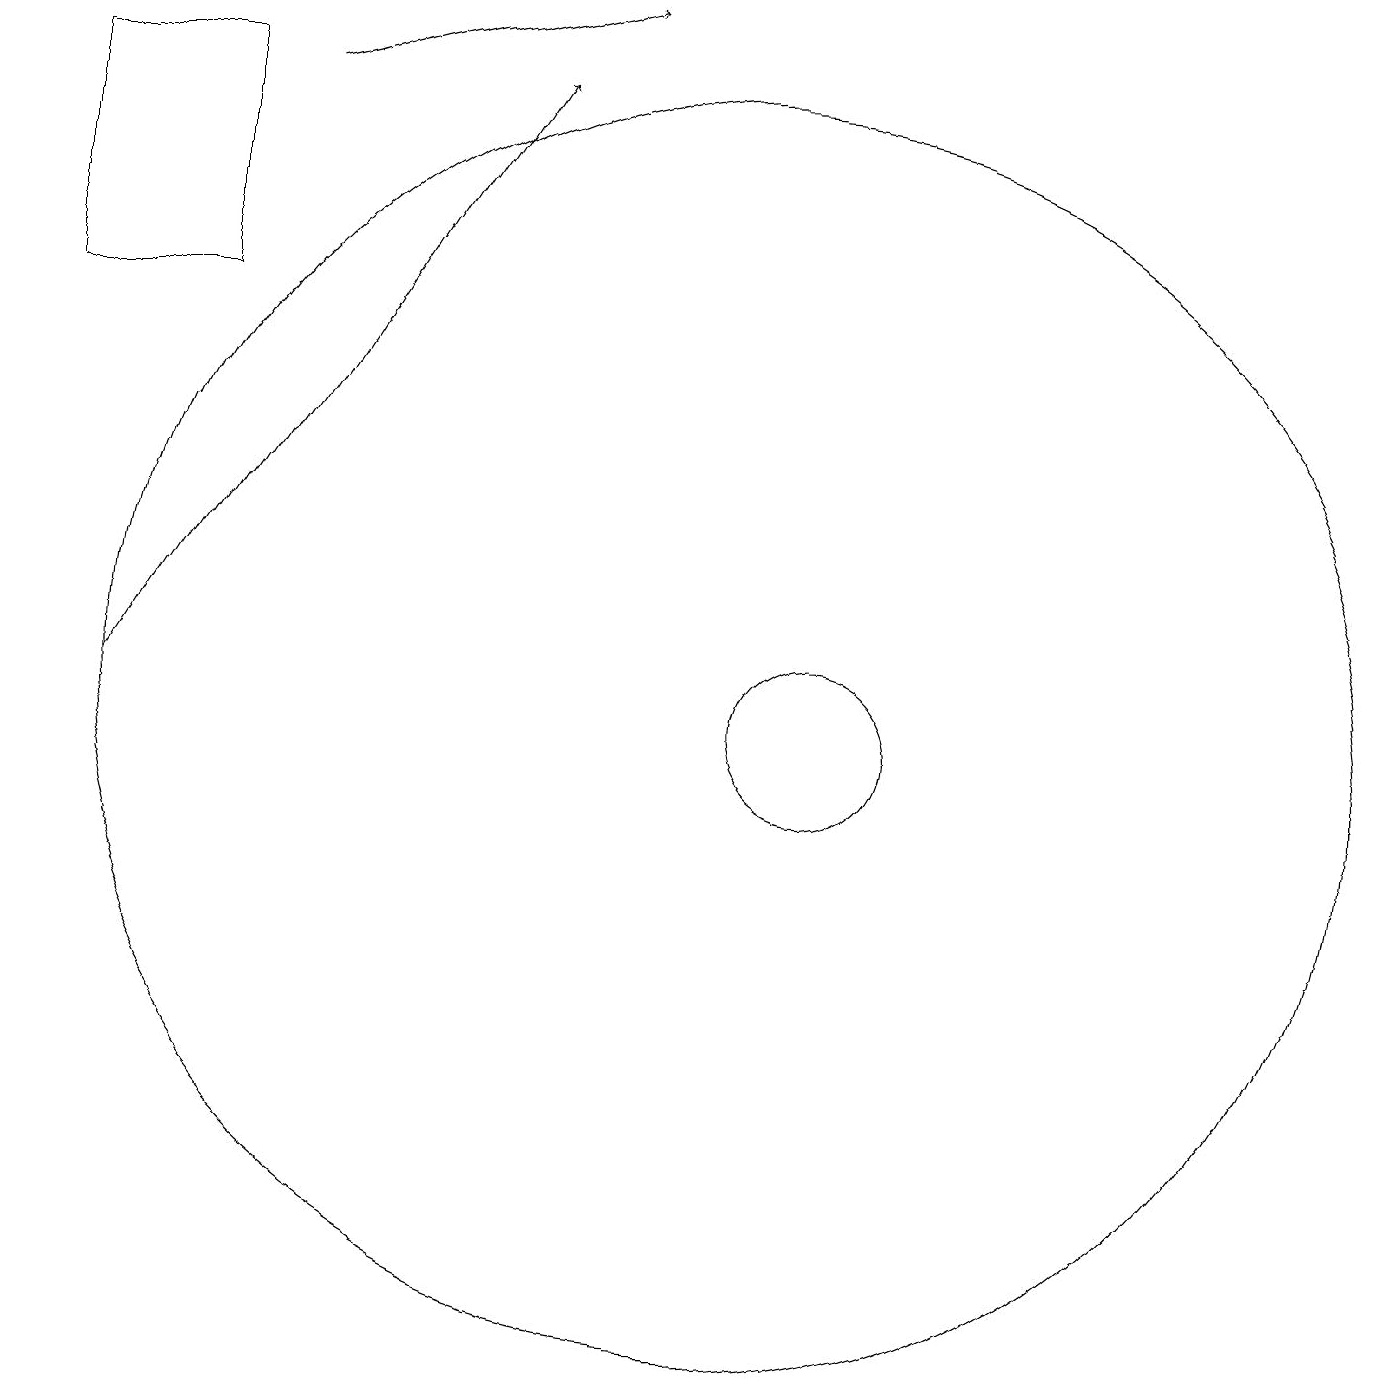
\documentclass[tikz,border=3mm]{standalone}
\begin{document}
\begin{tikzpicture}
\draw (2,15) rectangle (4,18);
\draw[->] (3,10) -- (8,18);
\draw (11,10) circle (8);
\draw[->] (5,18) -- (9,19);
\draw (12,10) circle (1);
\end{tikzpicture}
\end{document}